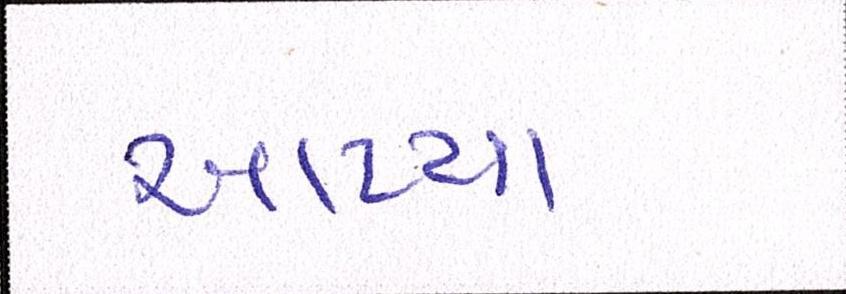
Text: આપ્યા